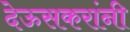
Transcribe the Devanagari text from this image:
देऊसकरांनी